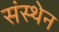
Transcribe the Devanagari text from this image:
संस्थेन